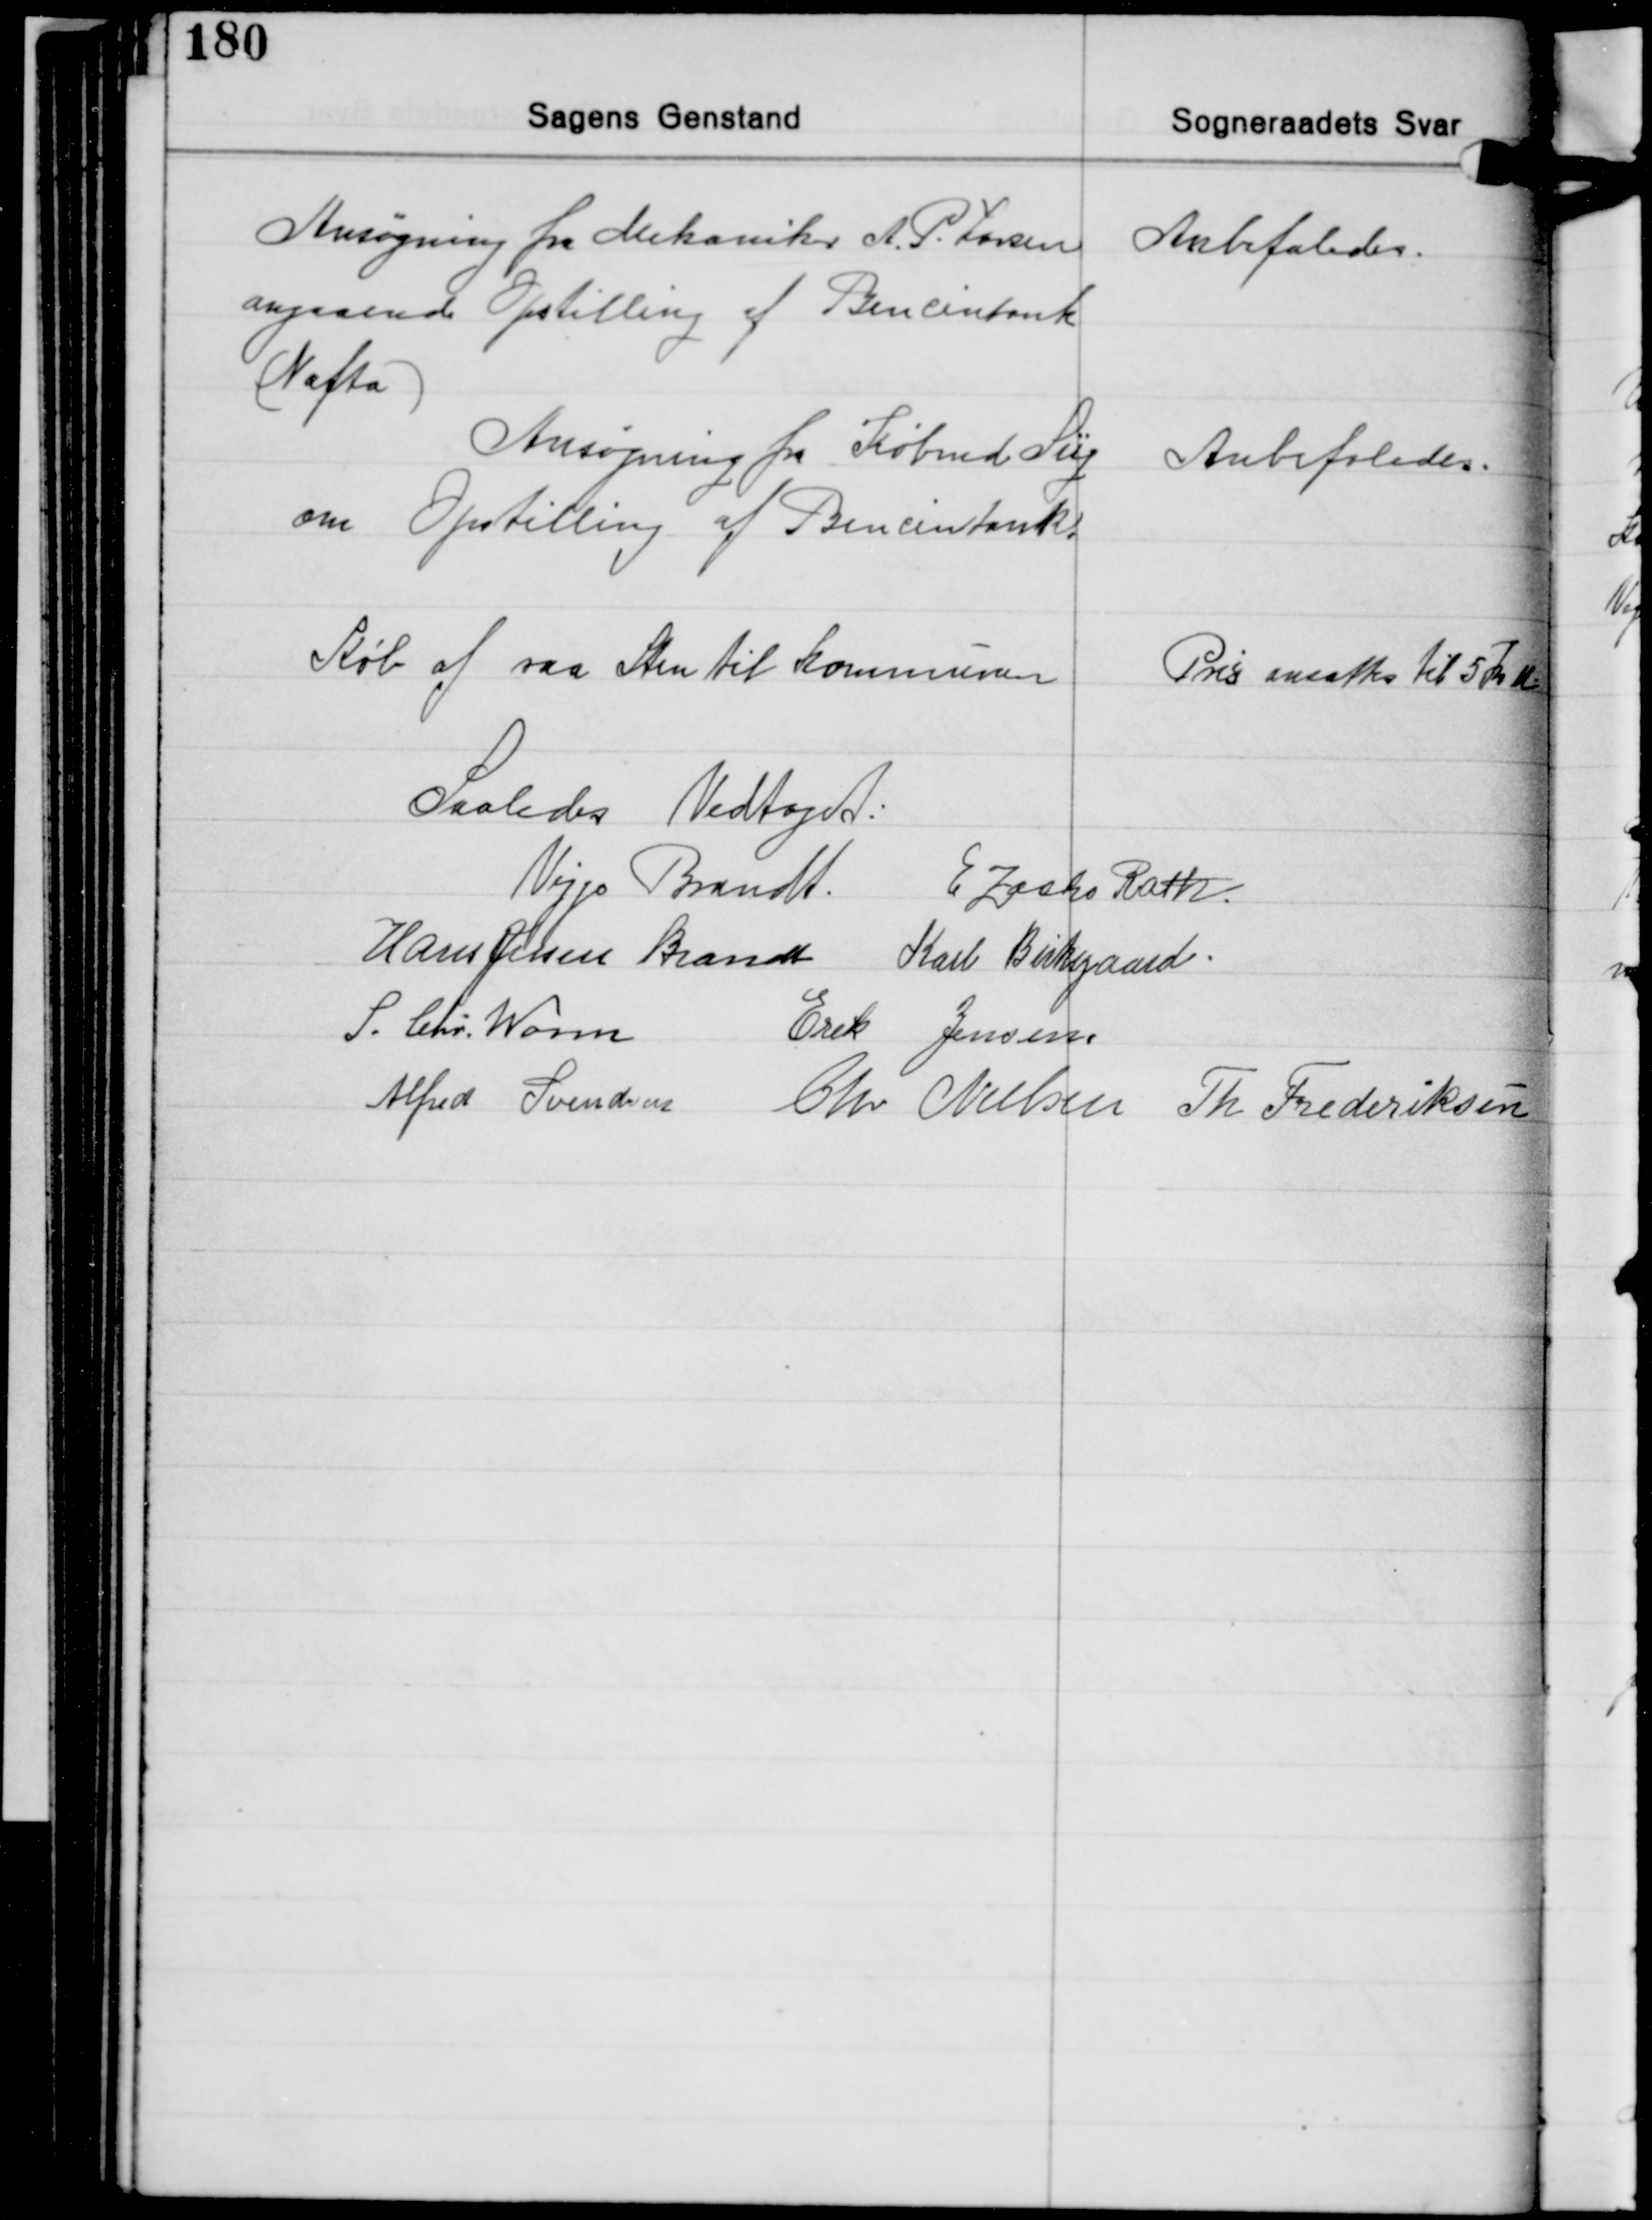
Transskription:
Ansøgning fra Mekaniker A. P. Larsen
angaaende Opstilling af Bencintank
(Nafta)

Anbefaledes.

Ansøgning fra Købmd. Siig
om Opstilling af Bencintank

Anbefaledes.

Køb af raa Sten til Kommunen

Pris ansattes til 5 Kr K

Saaledes Vedtaget:
Viggo Brandt E Zacho Rath
Hans Jessen Brandt Karl Birkegaard
S. Chr. Worm Erik Jensen
Alfred Svendsen Chr. Nielsen Th. Frederiksen